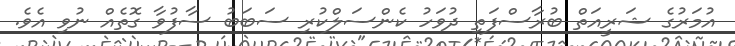
އުމަރުގެ ޝަރީއަތް ބުރާސްފަތި ދުވަހު ކެންސަލްކުރި ސަބަބު ސާފުވާ ގޮތެއް ނުވި އެވެ.